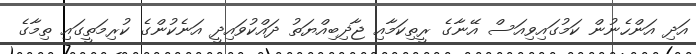
އަދި އަންހެނުން ކަމުގައިވިއަސް އޭނާގެ ރީތިކަމާއި ޖާޛިބިއްޔަތު ދައްކުވައިދީ އަނެކުންގެ ކުރިމަތީގައި ތިމާގެ